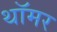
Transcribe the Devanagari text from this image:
थॉमर